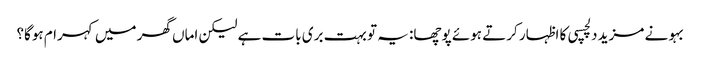
بہو نے مزید دلچسپی کا اظہار کرتے ہوئے پوچھا: یہ تو بہت بری بات ہے لیکن اماں گھر میں کہرام ہوگا؟